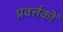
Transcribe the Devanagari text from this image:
प्रवर्त्तकों